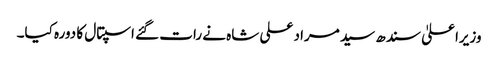
وزیراعلیٰ سندھ سید مراد علی شاہ نے رات گئے اسپتال کا دورہ کیا۔